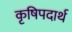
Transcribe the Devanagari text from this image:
कृषिपदार्थ